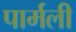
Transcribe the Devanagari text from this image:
पार्मली